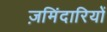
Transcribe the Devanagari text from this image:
ज़मिंदारियों